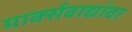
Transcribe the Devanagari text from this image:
मार्क्‍सवाद्यांवर